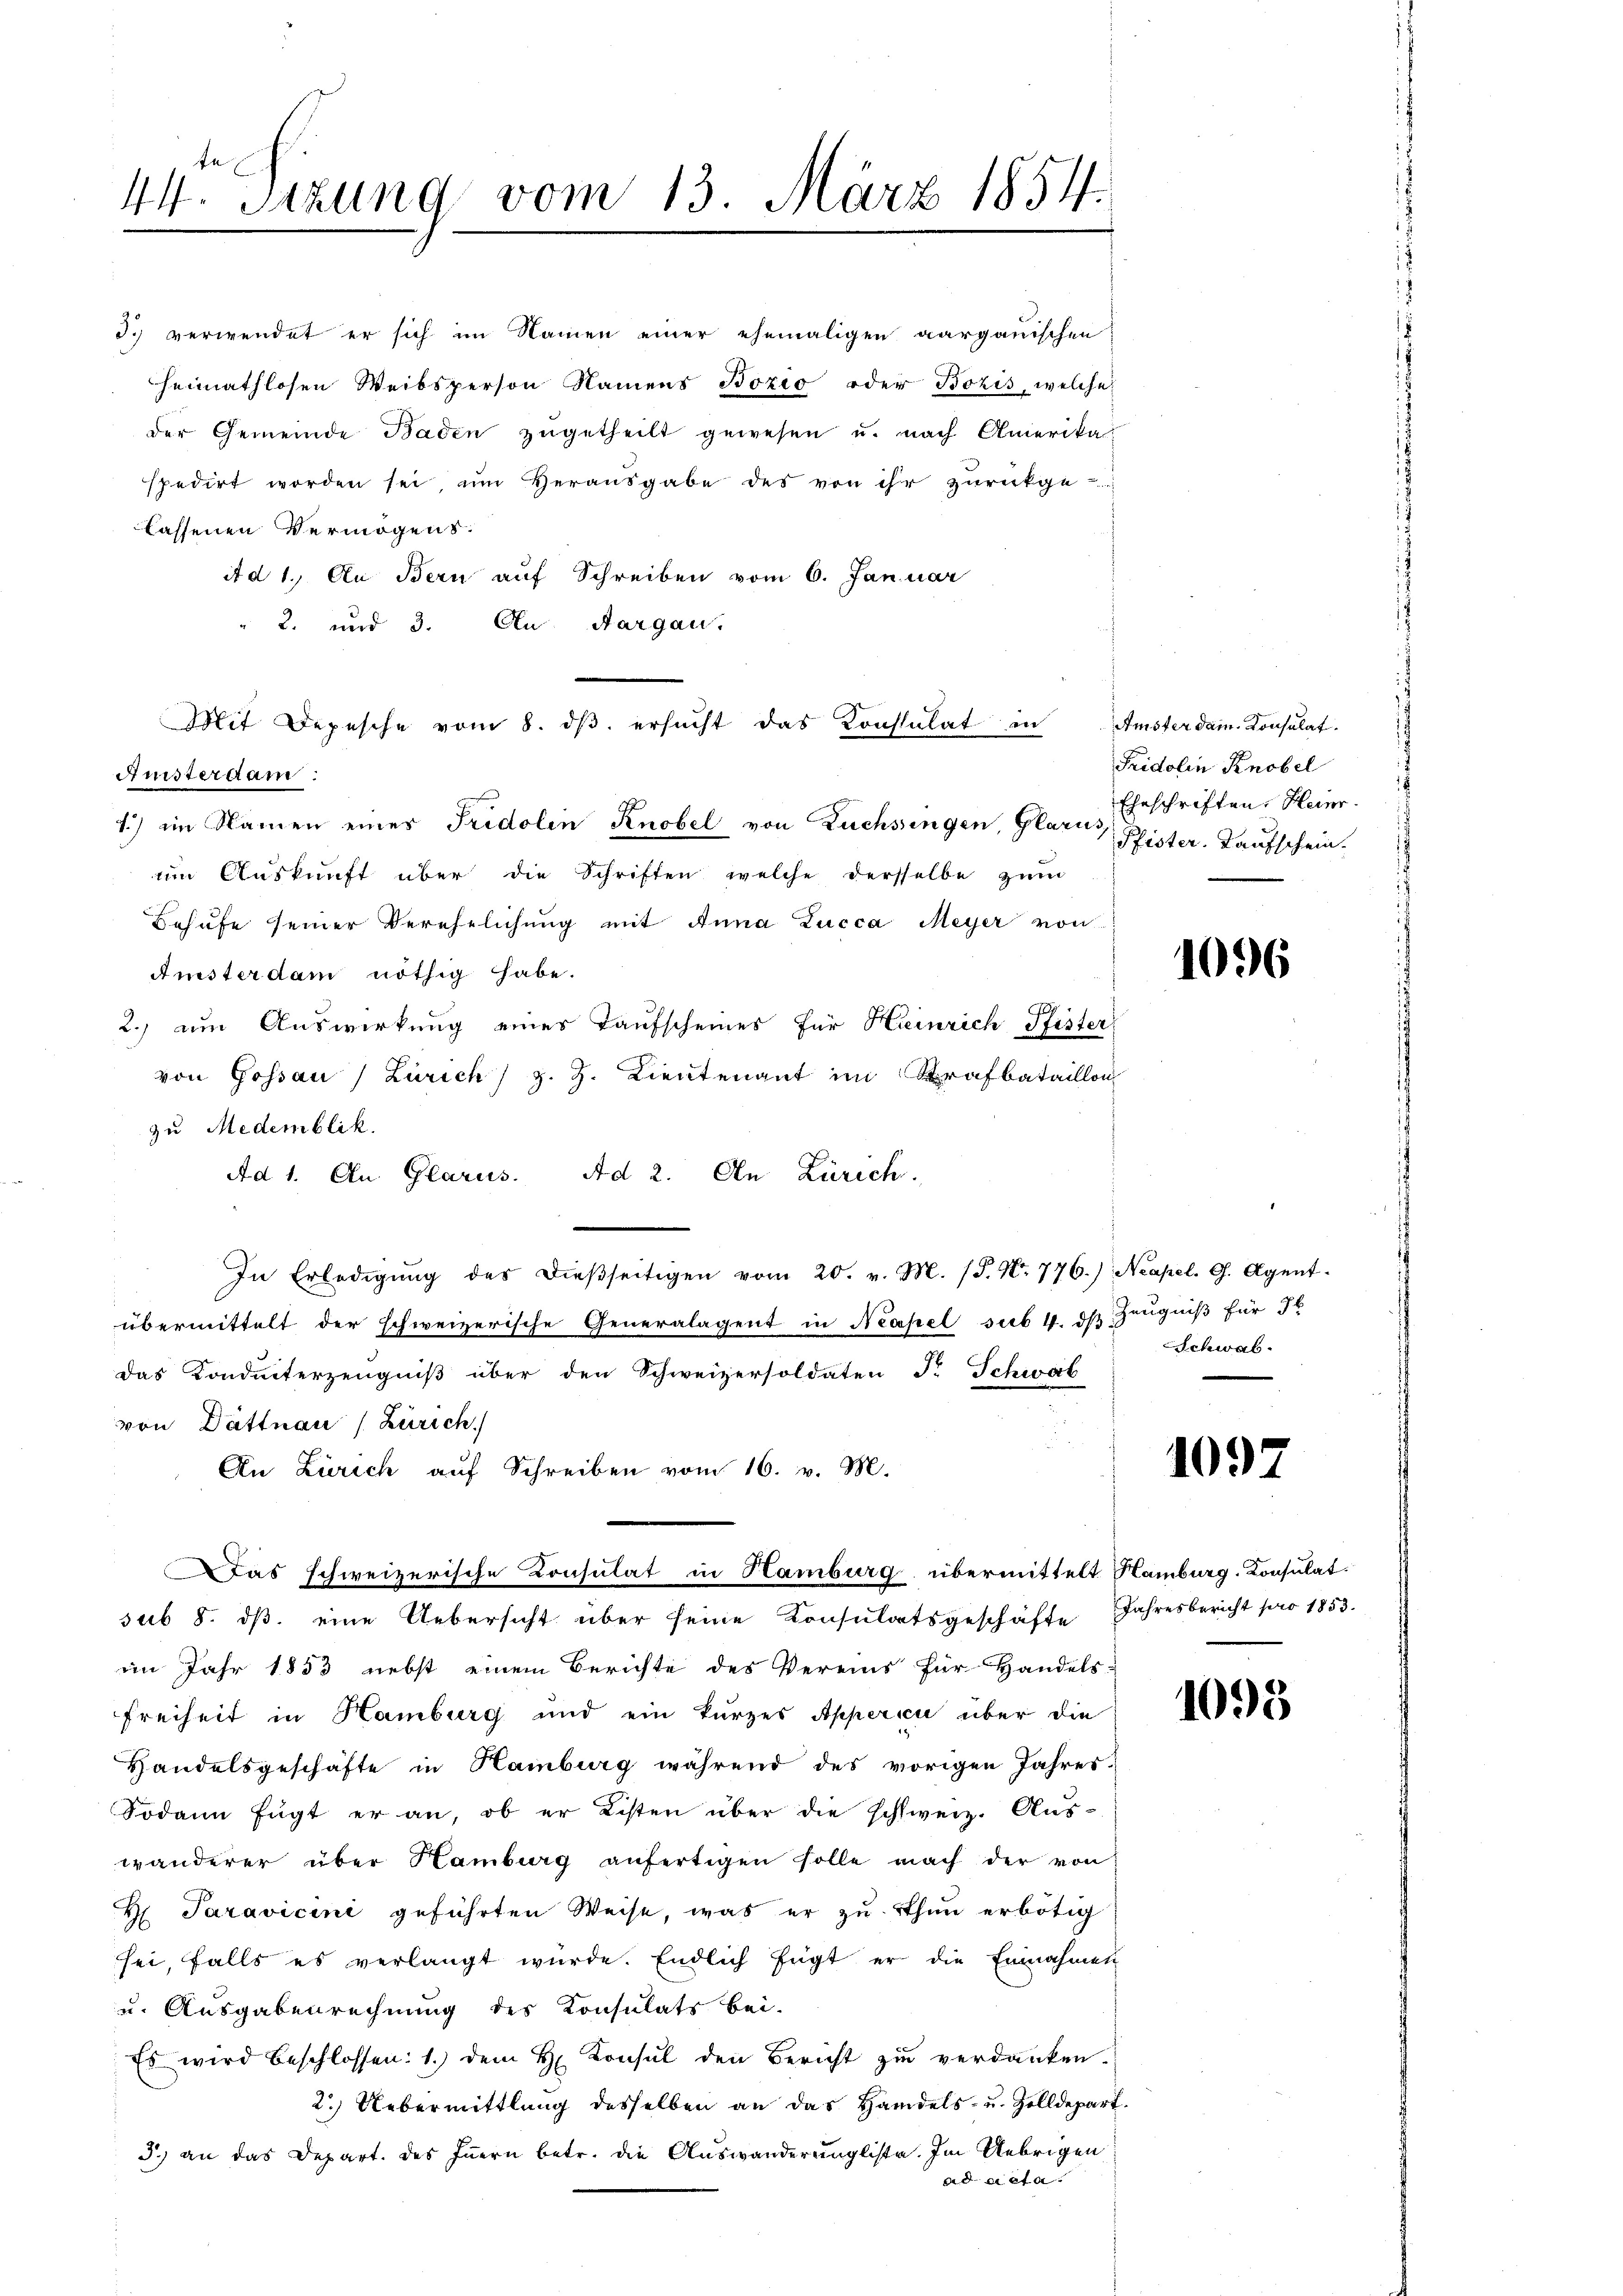
44. Sitzung vom 13. März 1854.

3. verwendet er sich im Namen einer ehemaligen aargauischen
heimathlosen Weibsperson Namens Bozio oder Bozis, welche
der Gemeinde Baden zŭgetheilt gewesen u. nach Amerika-
spedirt worden sei, um Heraŭsgabe des von ihr zŭrückge-
lassenen Vermögens.
it d 1. An Bern auf Schreiben vom 6. Januar
2. und 3. An Aargau,
Anisterdam:
1.) im Namen eines Fridolen Knobel von Züchsingen, Glarus, Pfister, Taufschein.
m Aŭskŭnft über die Schriften welche dersselbe zŭm
Behufe seiner Verehelichung mit Anna Lucca Meyer von
Ansterdam nöthig habe.
2.) um Auswirkung einer Taufscheines für Heinrich Pfister
von Gossau Zürich) z. Z. Lieutenant im Strafbataillon
zu Medemblik
Ad 1. An Glarus. Ad 2. An Zürich.
In Erledigŭng des dieβseitigen vom 20. v. M. (S. Nr. 776.) Neapel. G. Agent-
übermittelt der schweizerische Generalagent in Neapel sub 4. ds Zeugniß für J
das Konditerzeugniß über den Schweizersoldaten P. Schwab
von Dättnau (Zürich.
An Zürich auf Schreiben vom 16. v. M.
Das schweizerische Consulat in Hamburg übermittelt Hamburg. Konsulat.
sub 8. ds. eine Uebersicht über seine Konsulatsgeschäfte Jahresbericht pro 1853.
im Jahr 1853 nebst einem Berichte des Vereins für Handels:
Freiheit in Hamburg und ein kurzes Apperici über die
Handelsgeschäfte in Hamburg während des vorigen Jahres-
Sodann fügt er an, ob er Listen über die schweiz. Aus-
wänderer über Hamburg anfertigen solle nach der von
H. Paravicini geführten Weise, was er zu thun erbötig
sei, falls es verlangt würde. Endlich fügt er die Einnahmen
und Ausgabenrechnung des Konsulats bei-
Es wird beschlossen: 1.) dem H. Konsul den Bericht zŭ verdanken.
2.) Uebermittlung desselben an das Handels- u. Zolldepart.
3.) an das Depart. des Innern betr. die Auswanderungliste. Im Uebrigen
ad vieta

Mit Depesche vom 8. dβ ersucht das Konsulat in

Amster dam. Konsulat.
Fridolin Knobel
Eheschriften, Heinr

1096

Schwab

1097

1093